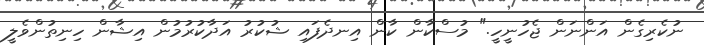
ނުކެރިގެން އަންނަން ޖެހުނީހީ." މުސްކާން ކާން އިނދެފައި ޝުކުރު އަދާކުރުމުން އިޝާން ހިނިތުންވެލީ